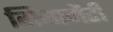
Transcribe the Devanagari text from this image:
गियामैटी